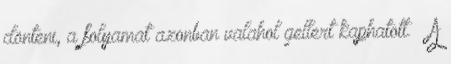
dönteni, a folyamat azonban valahol gellert kaphatott. – A